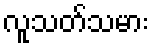
လူသတ်သမား